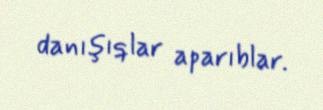
danışıqlar aparıblar.